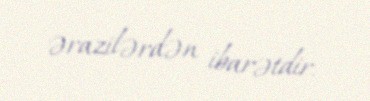
ərazilərdən ibarətdir.